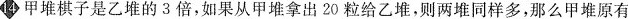
14甲堆棋子是乙堆的3倍，如果从甲堆拿出20粒给乙堆，则两堆同样多，那么甲堆原有